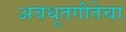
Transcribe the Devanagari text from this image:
अवधूतगीतेचा